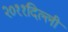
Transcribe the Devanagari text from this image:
२०११दिल्ली